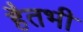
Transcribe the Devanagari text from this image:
हैतभी